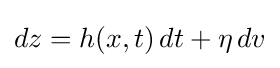
dz=h(x,t)\,dt+\eta \,dv